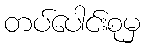
တပ်ပေါင်းစုမှ